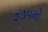
૨૩૫મો